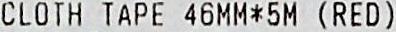
CLOTH TAPE 46MM*5M (RED)